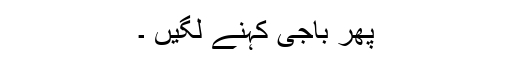
پھر باجی کہنے لگیں ۔